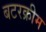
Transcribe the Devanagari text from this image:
बटरक्रीम